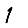
Digit: 1